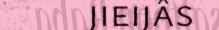
jieijâs